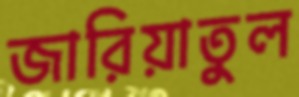
জারিয়াতুল